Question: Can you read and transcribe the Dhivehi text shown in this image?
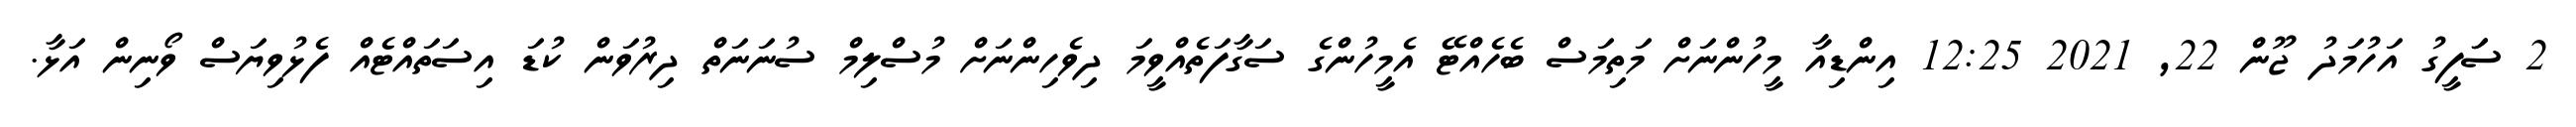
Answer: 2 ސަަފީގު އަހުމަދު ޖޫން 22, 2021 12:25 އިންޑިއާ މީހުންނަށް މަތިމަސް ބެހެއްޓޭ އެމީހުންގެ ސަގާފަތެއްވީމަ ދިވެހިންނަށް މުސްލިމް ސުނަނަތް ދިރުވަން ކުޑަ އިސަތައްޓެއް ފެޅުވިޔަސް ވޯނިން އަޅާ.